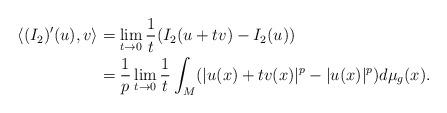
LaTeX: \begin{align*} \langle( I _{2})'(u),v\rangle & = \lim_{t\to0}\frac{1}{t}( I _{2}(u+tv)- I _{2}(u))\\ &= \frac{1}{p} \lim_{t\to 0}\frac{1}{t} \int _{M} (|u(x)+tv(x)|^{p} -|u(x)|^{p})d\mu _g(x). \end{align*}